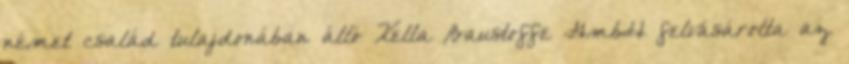
német család tulajdonában álló Xella Baustoffe GmbH felvásárolta az